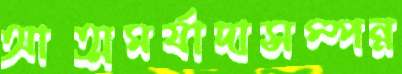
আত্মমর্যাদাসম্পন্ন